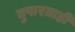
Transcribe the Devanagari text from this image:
तुषारग्राही